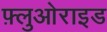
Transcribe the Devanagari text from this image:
फ़्लुओराइड